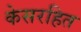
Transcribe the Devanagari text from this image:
केसरहित